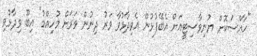
"ހާއްސަކޮށް ޔުނިވާސިޓީއަށް އެބޭފުޅުން އެވިދާޅުވާ ވަރު ދިނުން ވަރަށް މުހިއްމު" އިބޫ ވިދާޅުވި